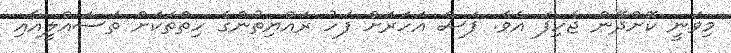
މިވަނީ ކޮށްދޭން ޖެހިފަ އެވެ. ފަސް އަހަރަށް ފަހު ރައްޔިތުންގެ ހިތްތަކަށް ތަސައްލީއާއި